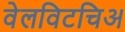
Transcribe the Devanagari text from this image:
वेलविटचिअ